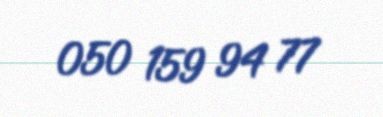
050 159 94 77